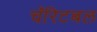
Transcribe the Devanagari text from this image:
चॅरिटबल